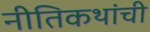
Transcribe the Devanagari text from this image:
नीतिकथांची